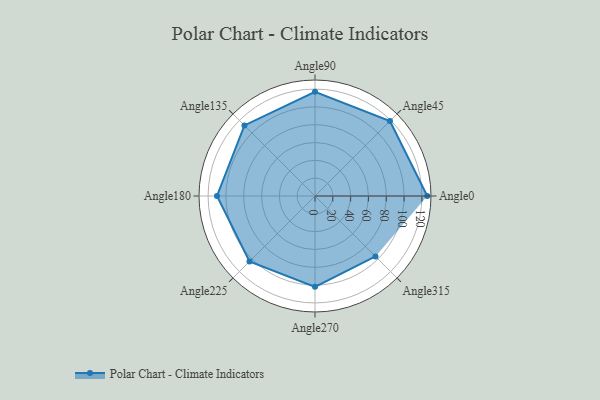
{"axis": {"x": "Angle", "y": "Radius"}, "legend": [""], "data": [{"x": "Angle0", "y": 126.0, "type": ""}, {"x": "Angle45", "y": 119.0, "type": ""}, {"x": "Angle90", "y": 117.0, "type": ""}, {"x": "Angle135", "y": 112.0, "type": ""}, {"x": "Angle180", "y": 110.0, "type": ""}, {"x": "Angle225", "y": 104.0, "type": ""}, {"x": "Angle270", "y": 102.0, "type": ""}, {"x": "Angle315", "y": 96.0, "type": ""}]}